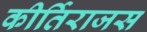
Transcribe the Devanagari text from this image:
कीर्तिराजस